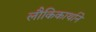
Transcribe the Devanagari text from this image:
लौकिकार्थाने